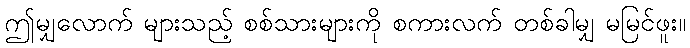
ဤမျှလောက် များသည့် စစ်သားများကို စကားလက် တစ်ခါမျှ မမြင်ဖူး။